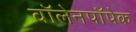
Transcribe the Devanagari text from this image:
वॉलेनपॉपेक